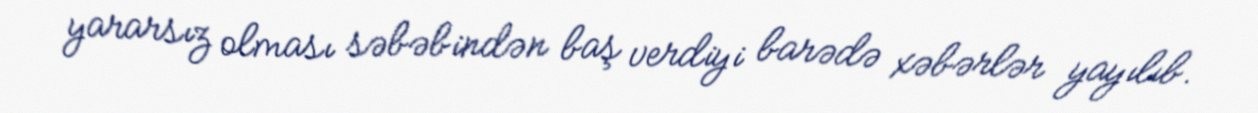
yararsız olması səbəbindən baş verdiyi barədə xəbərlər yayılıb.